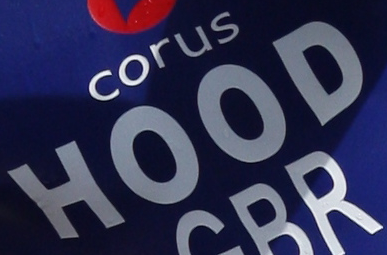
HOOD